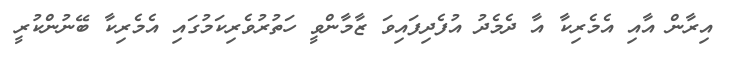
އިރާން އާއި އެމެރިކާ އާ ދެމެދު އުފެދިފައިވަ ޒާމާންވީ ހަތުރުވެރިކަމުގައި އެމެރިކާ ބޭނުންކުރީ